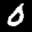
Label: 0